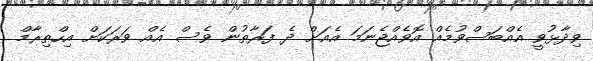
ވިދާޅުވީ އެއްބަސްވުމެއް އޮވެއްޖެނަމަ އެއަށް ދެ ފަރާތުން ވެސް އެއް ވަރަކަށް އިހްތިރާމް